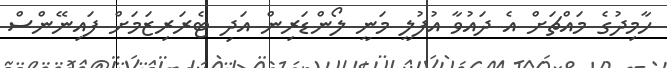
ހާމިދުގެ މައްޗަށް އެ ދައުވާ އުފުލީ މަނީ ލޯންޑަރިން އަދި ޓެރަރިޒަމަށް ފައިނޭންސް